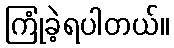
ကြုံခဲ့ရပါတယ်။